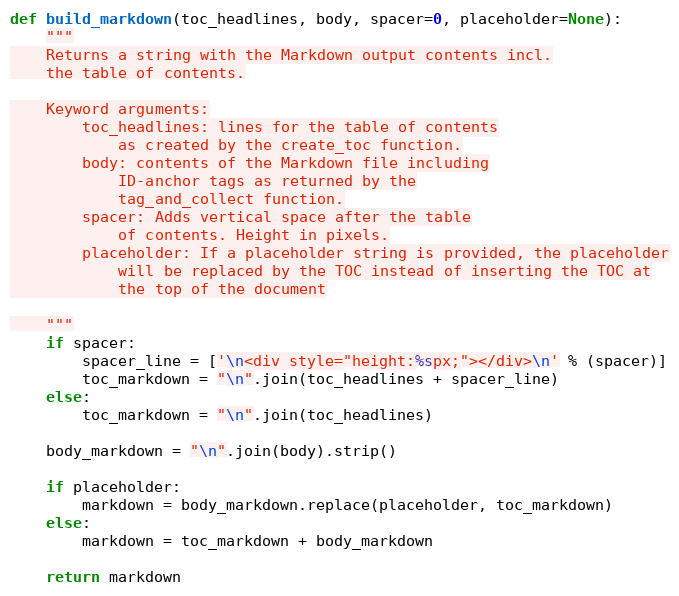
Language: Python
def build_markdown(toc_headlines, body, spacer=0, placeholder=None):
    """
    Returns a string with the Markdown output contents incl.
    the table of contents.

    Keyword arguments:
        toc_headlines: lines for the table of contents
            as created by the create_toc function.
        body: contents of the Markdown file including
            ID-anchor tags as returned by the
            tag_and_collect function.
        spacer: Adds vertical space after the table
            of contents. Height in pixels.
        placeholder: If a placeholder string is provided, the placeholder
            will be replaced by the TOC instead of inserting the TOC at
            the top of the document

    """
    if spacer:
        spacer_line = ['\n<div style="height:%spx;"></div>\n' % (spacer)]
        toc_markdown = "\n".join(toc_headlines + spacer_line)
    else:
        toc_markdown = "\n".join(toc_headlines)

    body_markdown = "\n".join(body).strip()

    if placeholder:
        markdown = body_markdown.replace(placeholder, toc_markdown)
    else:
        markdown = toc_markdown + body_markdown

    return markdown